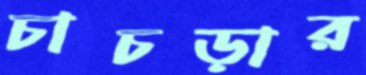
চাচড়ার